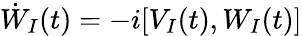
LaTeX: \dot{W}_{I}(t)=-i[V_{I}(t),W_{I}(t)]